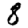
Digit: 8